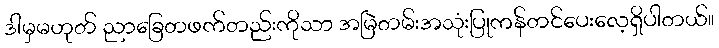
ဒါမှမဟုတ် ညာခြေတဖက်တည်းကိုသာ အမြဲတမ်းအသုံးပြုကန်တင်ပေးလေ့ရှိပါတယ်။